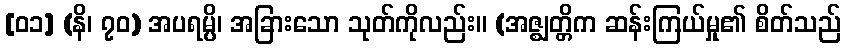
[၀၁] (နိ၊ ၇၀) အပရမ္ပိ၊ အခြားသော သုတ်ကိုလည်း။ (အဇ္ဈတ္တိက ဆန်းကြယ်မှု၏ စိတ်သည်